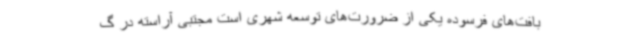
بافت‌های فرسوده یکی از ضرورت‌های توسعه شهری است مجتبی آراسته در گ